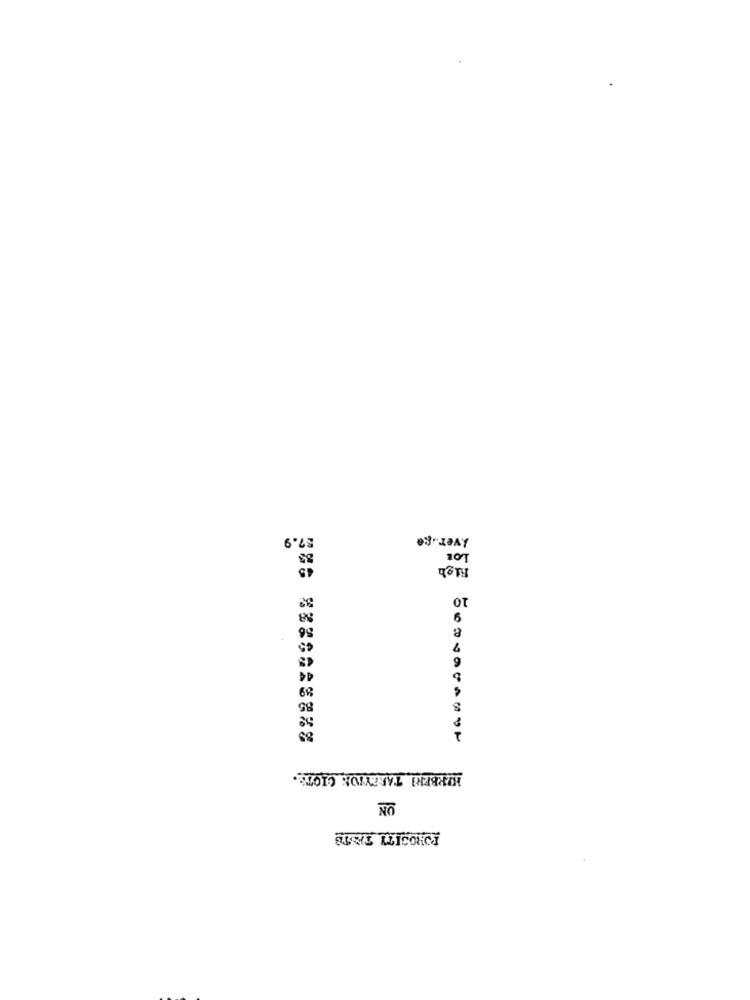
$7.9
Iver .. ge
LOE
Righ
OT
6
HØRBERI TAREYION CIOTE.
NO